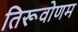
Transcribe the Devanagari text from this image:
तिरूवोणम